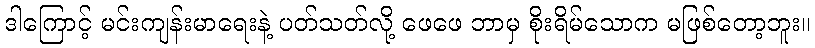
ဒါကြောင့် မင်းကျန်းမာရေးနဲ့ ပတ်သတ်လို့ ဖေဖေ ဘာမှ စိုးရိမ်သောက မဖြစ်တော့ဘူး။